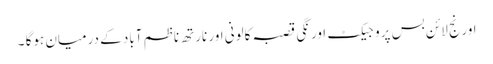
اورنج لائن بس پروجیکٹ اورنگی قصبہ کالونی اور نارتھ ناظم آباد کے درمیان ہوگا ۔